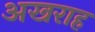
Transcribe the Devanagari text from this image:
अखराह